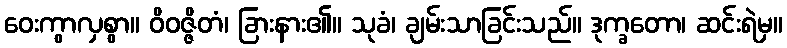
ဝေးကွာလှစွာ။ ဝိဝဇ္ဇိတံ၊ ခြားနား၏။ သုခံ၊ ချမ်းသာခြင်းသည်။ ဒုက္ခတော၊ ဆင်းရဲမှ။